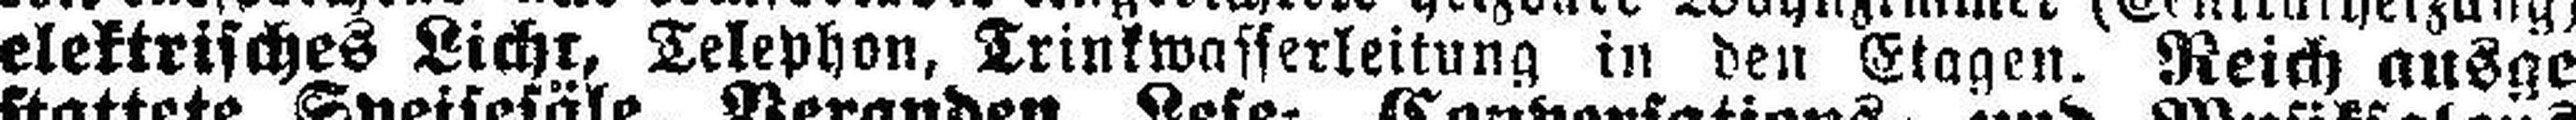
elektrisches Licht, Telephon, Trinkwasserleitung in den Etagen. Reich ausge¬